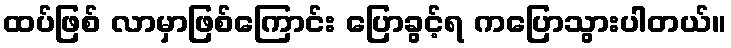
ထပ်ဖြစ် လာမှာဖြစ်ကြောင်း ပြောခွင့်ရ ကပြောသွားပါတယ်။